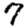
Digit: 7